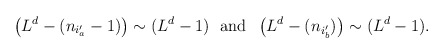
\begin{align*}\left(L^{d}-(n_{i'_{a}}-1)\right)\sim (L^{d}-1)\;\mbox{ and }\;\left(L^{d}-(n_{i'_{b}})\right)\sim (L^{d}-1).\end{align*}